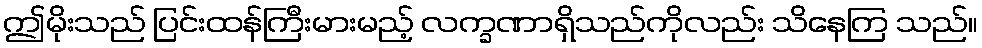
ဤမိုးသည် ပြင်းထန်ကြီးမားမည့် လက္ခဏာရှိသည်ကိုလည်း သိနေကြ သည်။